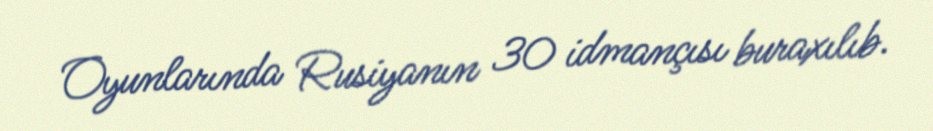
Oyunlarında Rusiyanın 30 idmançısı buraxılıb.